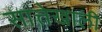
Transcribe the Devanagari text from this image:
सात्तेखाली